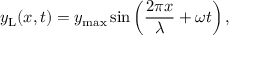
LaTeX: y _ { \mathrm { L } } ( x , t ) = y _ { \mathrm { m a x } } \sin \left( { \frac { 2 \pi x } { \lambda } } + \omega t \right) ,